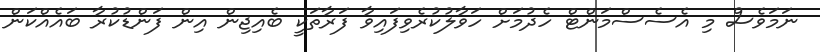
ނަމަވެސް މި އެސެސްމަންޓް ހެދުމަށް ހަވާލުކުރެވިފައިވާ ފަރާތަކީ ބެއިޖިން އިން ފަންޑުކުރާ ބައެއްކަން